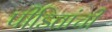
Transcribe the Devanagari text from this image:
पीडितांची